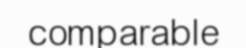
comparable